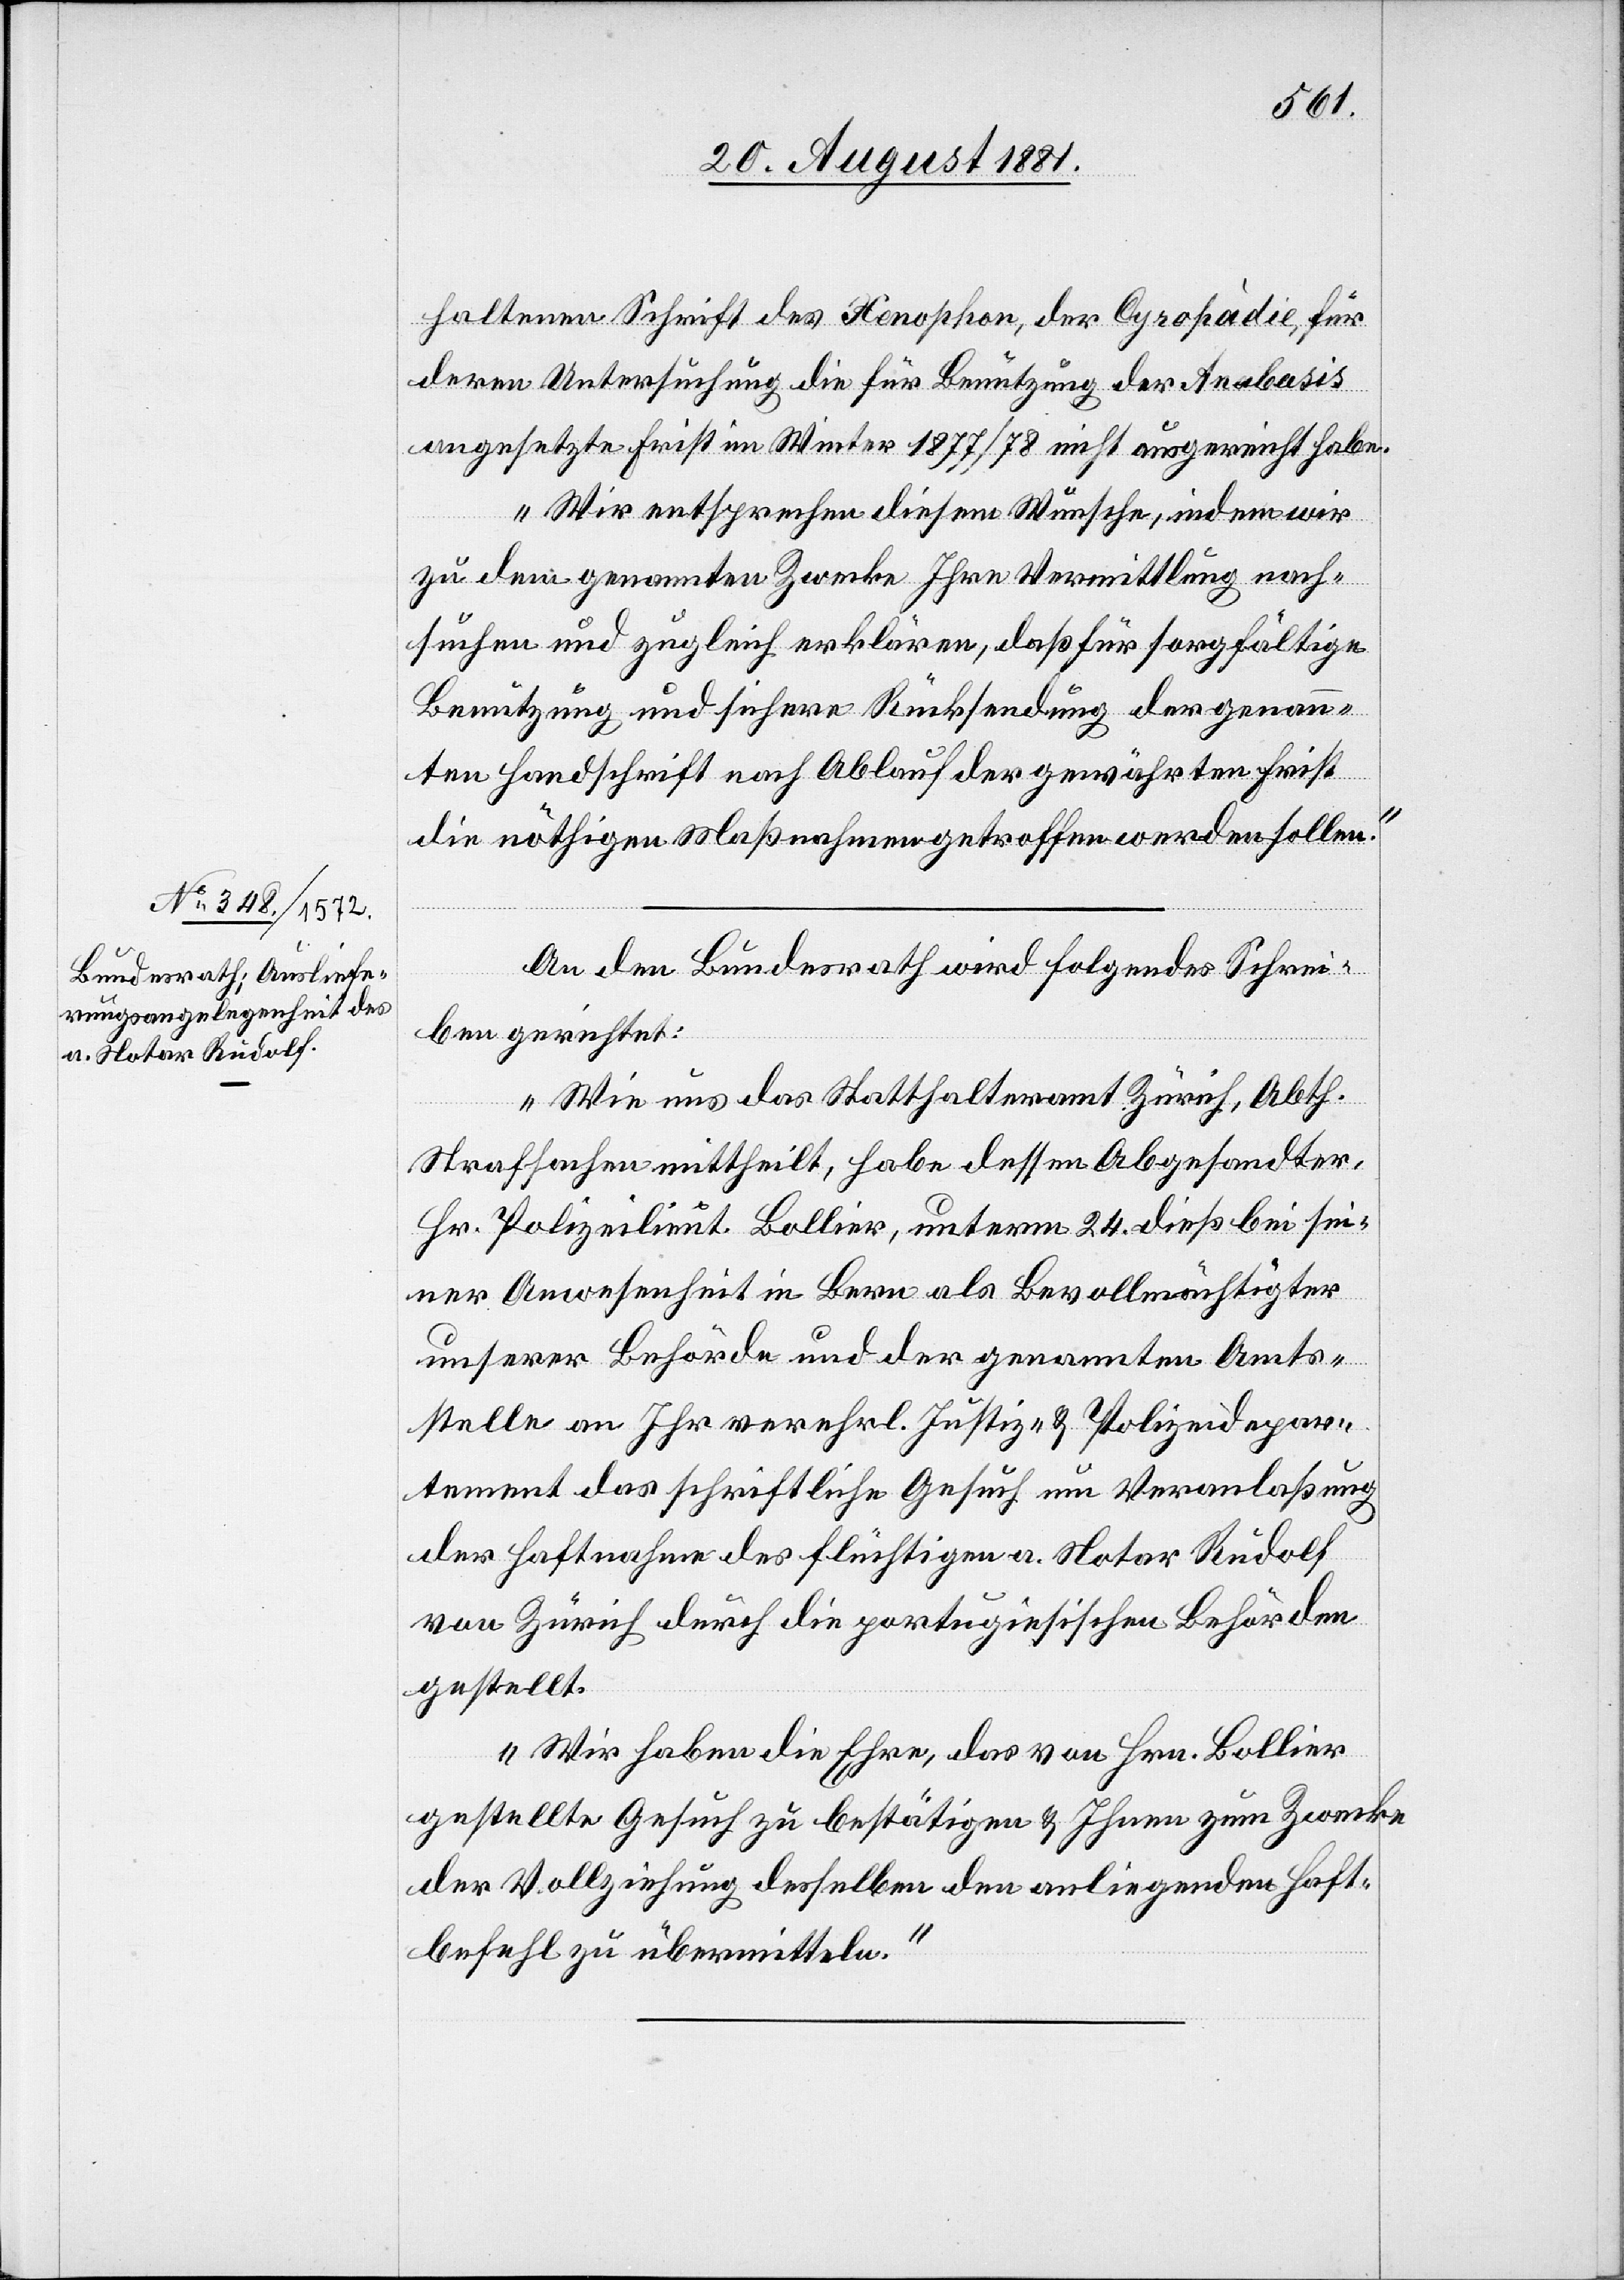
24. August 1881.]
haltenen Schrift des Xenophon, der Cyropàdie, für
deren Untersuchung die für Benutzung der Anabasis
angesetzte Frist im Winter 1877/78 nicht ausgereicht haben.
Wir entsprechen diesem Wunsche, indem wir
zu den genannten Zwecke Ihre Vermittlung nach¬
suchen und zugleich erklären, daß für sorgfältige
Benutzung und sichere Rücksendung der genann¬
ten Handschrift nach Ablauf der gewährten Frist
die nöthigen Maßnahmen getroffen werden sollen.“
An den Bundesrath wird folgendes Schrei¬
ben gerichtet:
„Wie uns das Statthalteramt Zürich, Abt.
Strafsachen mittheilt, habe dessen Abgesandter,
Hr. Polizeilieut. Bollier, unterm 24. dieß bei sei¬
ner Anwesenheit in Bern als Bevollmächtigter
unserer Behörde und der genannten Amts¬
stelle an Ihr verehrl. Justiz- & Polizeidepar¬
tement das schriftliche Gesuch um Veranlaßung
der Haftnahme des flüchtigen a. Notar Rudolf
von Zürich durch die portugiesischen Behörden
gestellt.
Wir haben die Ehre, das von Hrn. Bollier
gestellte Gesuch zu bestätigen & Ihnen zum Zwecke
der Vollziehung desselben den anliegenden Haft¬
befehl zu übermitteln.“